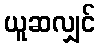
ယူဆလျှင်